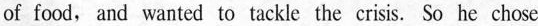
of food, and wanted to tackle the crisis. So he chose